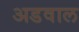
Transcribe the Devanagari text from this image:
अडवाल